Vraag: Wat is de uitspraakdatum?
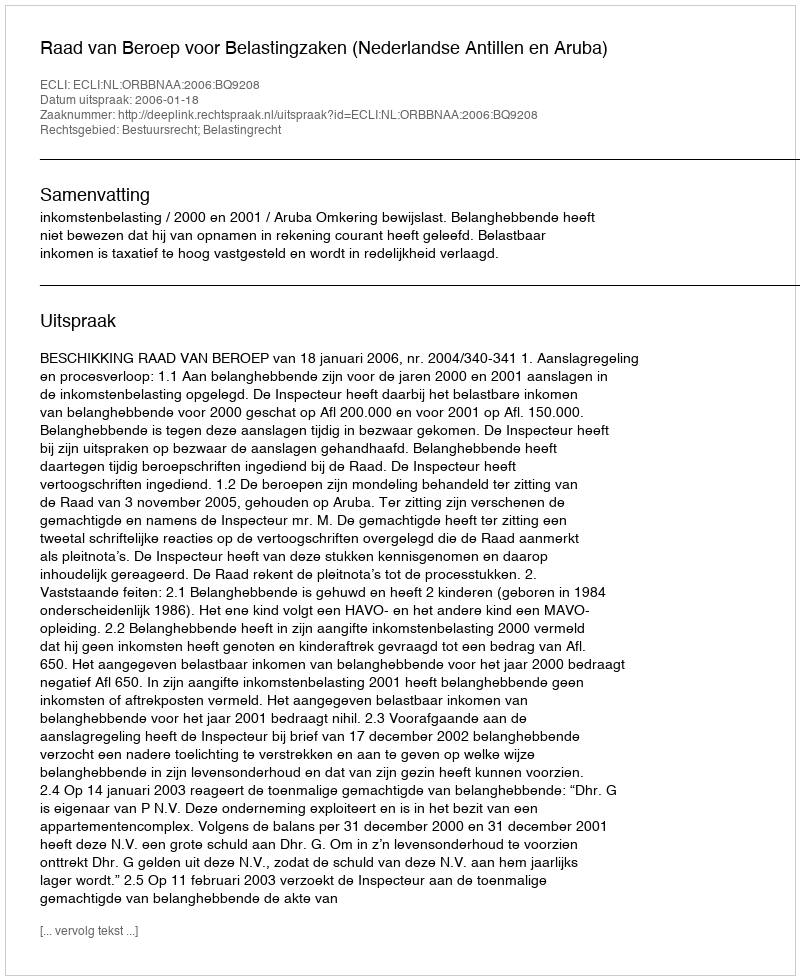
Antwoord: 2006-01-18